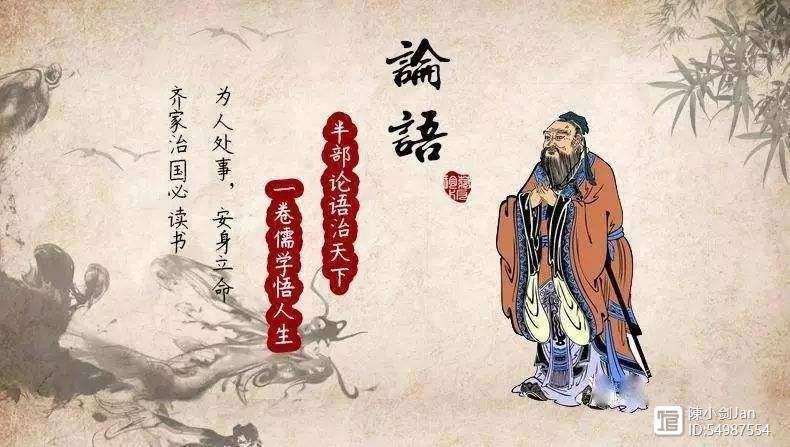
贫而无谄，富而无骄